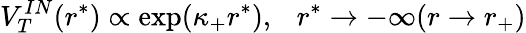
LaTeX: V_{T}^{IN}(r^{*})\propto\exp(\kappa_{+}r^{*}),~~~r^{*}\to-\infty(r\to r_{+})